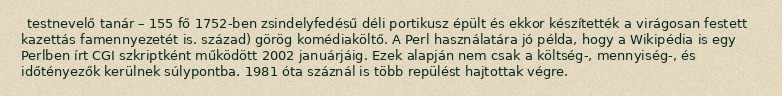
testnevelő tanár – 155 fő 1752-ben zsindelyfedésű déli portikusz épült és ekkor készítették a virágosan festett kazettás famennyezetét is. század) görög komédiaköltő. A Perl használatára jó példa, hogy a Wikipédia is egy Perlben írt CGI szkriptként működött 2002 januárjáig. Ezek alapján nem csak a költség-, mennyiség-, és időtényezők kerülnek súlypontba. 1981 óta száznál is több repülést hajtottak végre.